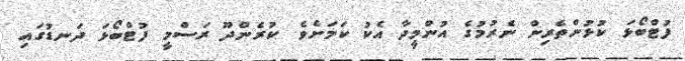
ފުޓްބޯޅަ ކުޅުންތެރިން ނެރުމުގެ އުންމީދާ އެކު ކަމަށެވެ. ކުރެންދޫ ރަސްމީ ފުޓްބޯޅަ ދަނޑުގައި